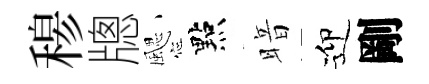
𥠇牕颸點暗迎剛